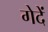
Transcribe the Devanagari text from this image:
गेदें